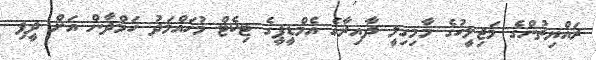
ރައްޔިތުންގެ މަޖިލީހުގެ މާމިގިލީ ދާއިރާގެ އެމްޑީޕީގެ ޓިކެޓް މުހައްމަދު ހަމްދާން އަށް ދީފި